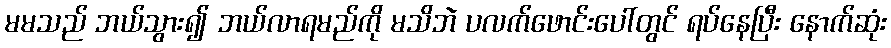
မမသည် ဘယ်သွား၍ ဘယ်လာရမည်ကို မသိဘဲ ပလက်ဖောင်းပေါ်တွင် ရပ်နေပြီး နောက်ဆုံး